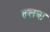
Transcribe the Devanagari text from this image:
तलबा